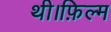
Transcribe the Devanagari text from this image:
थी।फ़िल्म